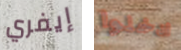
إيفري ادخلوا